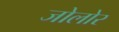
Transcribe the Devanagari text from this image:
जोलोर